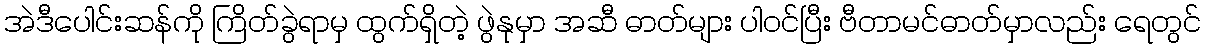
အဲဒီပေါင်းဆန်ကို ကြိတ်ခွဲရာမှ ထွက်ရှိတဲ့ ဖွဲနုမှာ အဆီ ဓာတ်များ ပါဝင်ပြီး ဗီတာမင်ဓာတ်မှာလည်း ရေတွင်